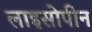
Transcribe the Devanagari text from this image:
लाइसोपीन